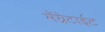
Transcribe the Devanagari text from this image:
मॅग्नेटाईट